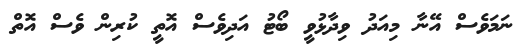
ނަމަވެސް އޭނާ މިއަދު ވިދާޅުވީ ބޯޓު އަދިވެސް އޮތީ ކުރިން ވެސް އޮތް